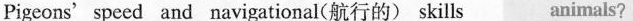
Pigeons'speed and navigational(航行的) skills animals?